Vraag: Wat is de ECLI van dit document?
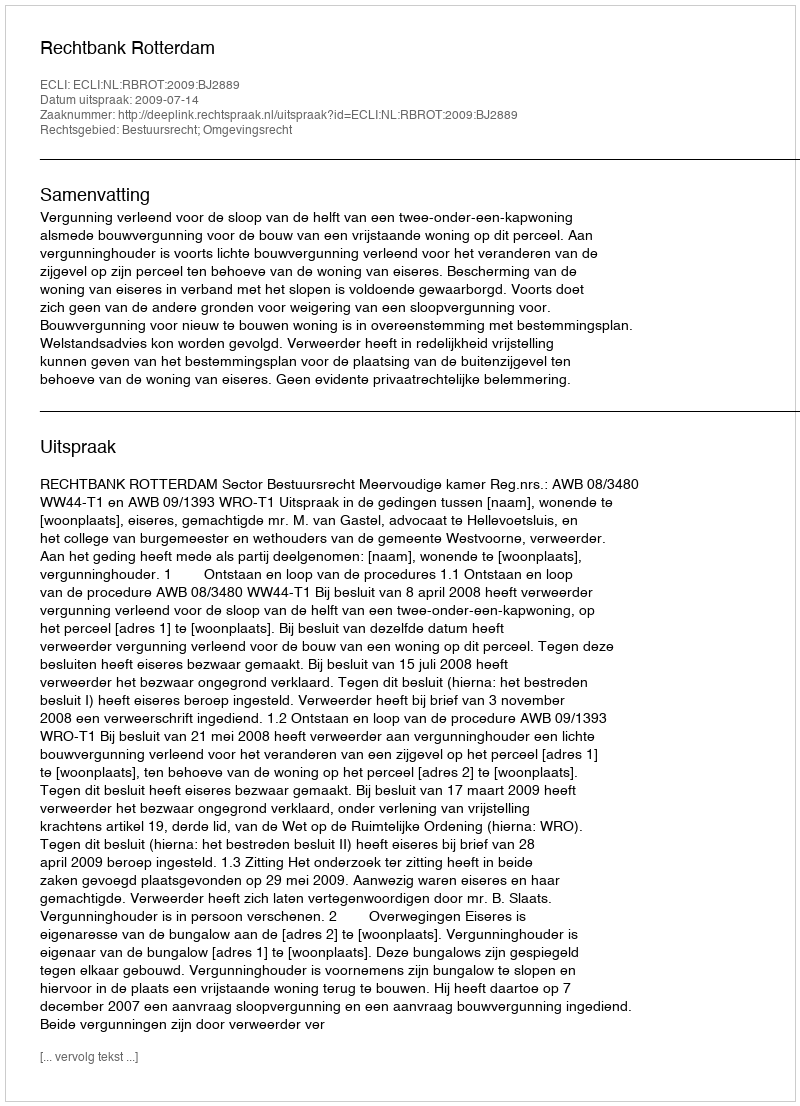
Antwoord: ECLI:NL:RBROT:2009:BJ2889